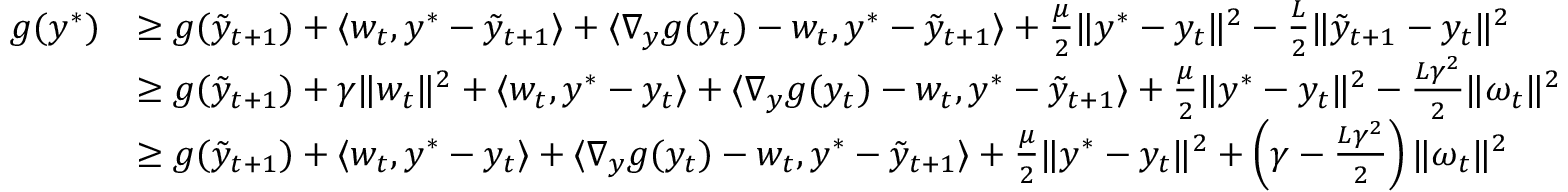
\begin{array} { r l } { g ( y ^ { * } ) } & { \geq g ( \tilde { y } _ { t + 1 } ) + \langle w _ { t } , y ^ { * } - \tilde { y } _ { t + 1 } \rangle + \langle \nabla _ { y } g ( y _ { t } ) - w _ { t } , y ^ { * } - \tilde { y } _ { t + 1 } \rangle + \frac { \mu } { 2 } \| y ^ { * } - y _ { t } \| ^ { 2 } - \frac { L } { 2 } \| \tilde { y } _ { t + 1 } - y _ { t } \| ^ { 2 } } \\ & { \geq g ( \tilde { y } _ { t + 1 } ) + \gamma \| w _ { t } \| ^ { 2 } + \langle w _ { t } , y ^ { * } - y _ { t } \rangle + \langle \nabla _ { y } g ( y _ { t } ) - w _ { t } , y ^ { * } - \tilde { y } _ { t + 1 } \rangle + \frac { \mu } { 2 } \| y ^ { * } - y _ { t } \| ^ { 2 } - \frac { L \gamma ^ { 2 } } { 2 } \| \omega _ { t } \| ^ { 2 } } \\ & { \geq g ( \tilde { y } _ { t + 1 } ) + \langle w _ { t } , y ^ { * } - y _ { t } \rangle + \langle \nabla _ { y } g ( y _ { t } ) - w _ { t } , y ^ { * } - \tilde { y } _ { t + 1 } \rangle + \frac { \mu } { 2 } \| y ^ { * } - y _ { t } \| ^ { 2 } + \left( \gamma - \frac { L \gamma ^ { 2 } } { 2 } \right) \| \omega _ { t } \| ^ { 2 } } \end{array}